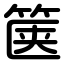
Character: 箧